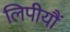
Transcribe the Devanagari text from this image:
लिपीयौं